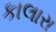
કાલારા